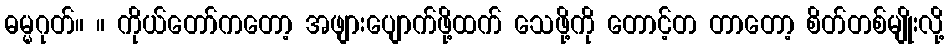
ဓမ္မဂုတ်။ ။ ကိုယ်တော်ကတော့ အဖျားပျောက်ဖို့ထက် သေဖို့ကို တောင့်တ တာတော့ စိတ်တစ်မျိုးလို့